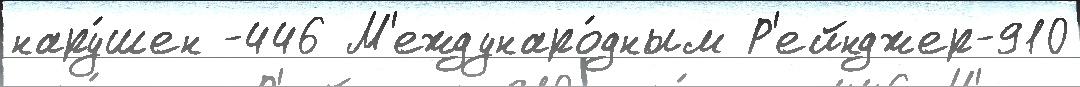
нару́шен -446 М'еждунаро́дным Р'ейнджер-910